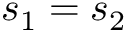
s _ { 1 } = s _ { 2 }